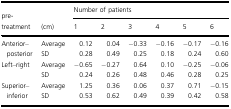
<table><thead><tr><td></td><td></td><td colspan="6"><b>Number of patients</b></td></tr><tr><td><b>pre-treatment</b></td><td><b>(cm)</b></td><td><b>1</b></td><td><b>2</b></td><td><b>3</b></td><td><b>4</b></td><td><b>5</b></td><td><b>6</b></td></tr></thead><tbody><tr><td rowspan="2">Anterior–posterior</td><td>Average</td><td>0.12</td><td>0.04</td><td>−0.33</td><td>−0.16</td><td>−0.17</td><td>−0.16</td></tr><tr><td>SD</td><td>0.28</td><td>0.49</td><td>0.25</td><td>0.18</td><td>0.24</td><td>0.60</td></tr><tr><td rowspan="2">Left–right</td><td>Average</td><td>−0.65</td><td>−0.27</td><td>0.64</td><td>0.10</td><td>−0.25</td><td>−0.06</td></tr><tr><td>SD</td><td>0.24</td><td>0.26</td><td>0.48</td><td>0.46</td><td>0.28</td><td>0.25</td></tr><tr><td rowspan="2">Superior–inferior</td><td>Average</td><td>1.25</td><td>0.36</td><td>0.06</td><td>0.37</td><td>0.71</td><td>−0.15</td></tr><tr><td>SD</td><td>0.53</td><td>0.62</td><td>0.49</td><td>0.39</td><td>0.42</td><td>0.58</td></tr></tbody></table>